Epidemic dropsy in Calcutta - Number 45
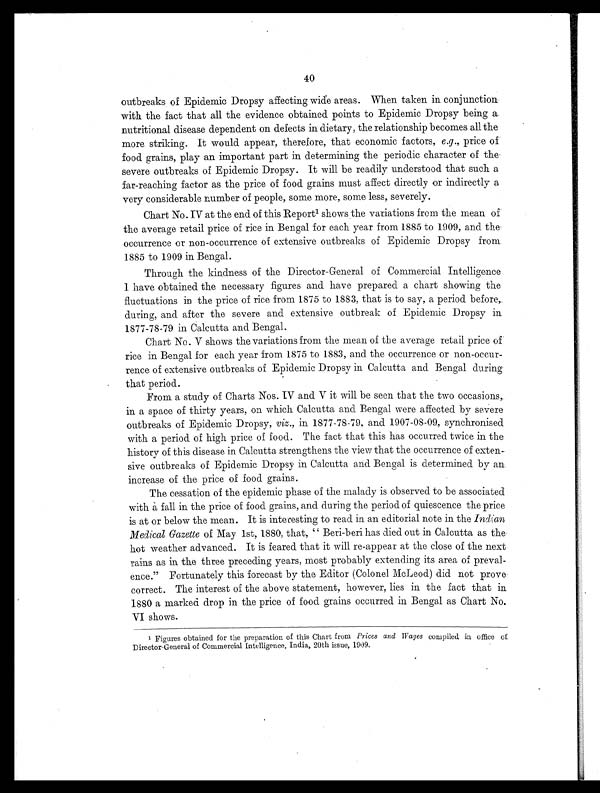
40
outbreaks of Epidemic Dropsy affecting wide areas. When taken in conjunction
with the fact that all the evidence obtained points to Epidemic Dropsy being a.
nutritional disease dependent on defects in dietary, the relationship becomes all the
more. striking. It would appear, therefore, that economic factors, e .g ., price of
food grains, play an important part in determining the periodic character of the.
severe outbreaks of Epidemic Dropsy. It will be readily understood that such a
far-reaching factor as the price of food grains must affect directly or indirectly a
very considerable number of people, some more, some less, severely.
Chart No. IV at the end of this Report 1 s h o w s t h e v a r i a t i o n s f r o m t h e m e a n o f
the average retail price of rice in Bengal for each year from 1885 to 1909, and the.
occurrence or non-occurrence of extensive outbreaks of Epidemic Dropsy from
1885 to 1909 in Bengal.
Through the kindness of the Director-General of Commercial Intelligence
I have obtained the necessary figures and have prepared a chart showing the
fluctuations in the price of rice from 1875 to 1883, that is to say, a period before,
during, and after the severe and extensive outbreak of Epidemic Dropsy in.
1877-78-79 in Calcutta and Bengal.
Chart No. V shows the variations from the mean of the average retail price of
rice in Bengal for each year from 1875 to 1883, and the occurrence or non-occur-
rence of extensive outbreaks of Epidemic Dropsy in Calcutta and Bengal during
that period.
From a study of Charts Nos. IV and V it will be seen that the two occasions,.
in a space of thirty years, on which Calcutta and Bengal were affected by severe
outbreaks of Epidemic Dropsy, viz ., in 1877-78-79, and 1907-08-09., synchronised
with a period of high price of food. The fact that this has occurred twice in the
history of this disease in Calcutta strengthens the view that the occurrence of exten-
sive outbreaks of Epidemic Dropsy in Calcutta and Bengal is determined by an.
increase of the price of food grains.
The cessation of the epidemic phase of the malady is observed to be associated
with a fall in the price of food grains, and during the period of quiescence the price
is at or below the mean. It is interesting to read in an editorial note in the Indian
Medical Gazette of May 1st, 1880, that, " Beri-beri has died out in Calcutta as the-
hot weather advanced. It is feared that it will re-appear at the close of the next
rains as in the three preceding years, most probably extending its area of preval-
ence." Fortunately this forecast by the Editor (Colonel McLeod) did not prove
correct. The interest of the above statement, however, lies in the fact that in
1880 a marked drop in the price of food grains occurred in Bengal as Chart No.
VI shows.
1 Figures obtained for the preparation of this Chart from Prices and Wages compiled in office of
Director-General of Commercial Intelligence, India, 20th issue, 1909.